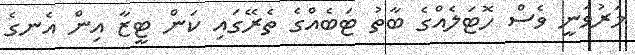
މަރުވަނީ ވެސް ހޮޓަލެއްގެ ބާތު ޓަބެއްގެ ތެރޭގައި ކަން ޓީޒާ އިން އެނގެ